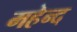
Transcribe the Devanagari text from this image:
महेन्द